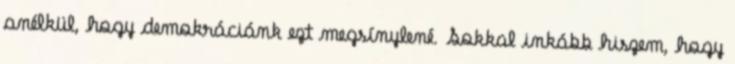
anélkül, hogy demokráciánk ezt megsínylené. Sokkal inkább hiszem, hogy